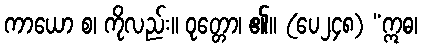
ကာယော စ၊ ကိုလည်း။ ဝုတ္တော၊ ၏။ (ပေ၂၄၈) “ဣဓ၊